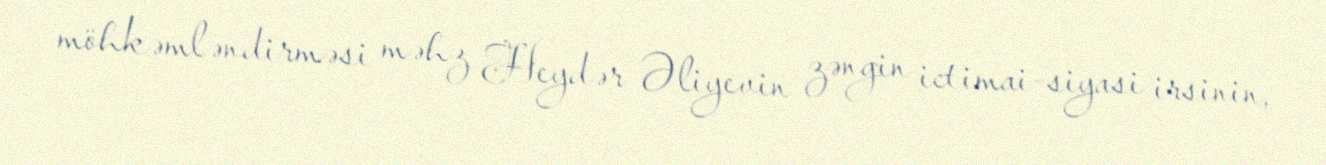
möhkəmləndirməsi məhz Heydər Əliyevin zəngin ictimai-siyasi irsinin,